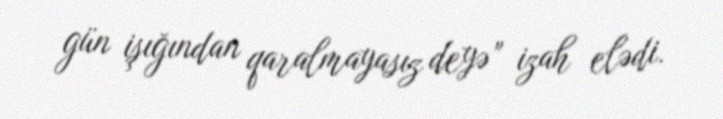
gün işığından qaralmayasız deyə” izah elədi.